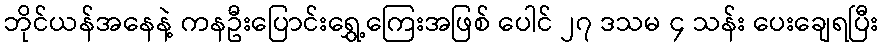
ဘိုင်ယန်အနေနဲ့ ကနဦးပြောင်းရွှေ့ကြေးအဖြစ် ပေါင် ၂၇ ဒသမ ၄ သန်း ပေးချေရပြီး